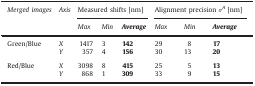
<table><thead><tr><td rowspan="2"><b><i>Merged images</i></b></td><td rowspan="2"><b><i>Axis</i></b></td><td colspan="3"><b>Measured shifts [nm]</b></td><td colspan="3"><b>Alignment precision <i>σ</i><sup><i>A</i></sup> [nm]</b></td></tr><tr><td><b><i>Max</i></b></td><td><b><i>Min</i></b></td><td><b><i>Average</i></b></td><td><b><i>Max</i></b></td><td><b><i>Min</i></b></td><td><b><i>Average</i></b></td></tr></thead><tbody><tr><td rowspan="2">Green/Blue</td><td><i>X</i></td><td>1417</td><td>3</td><td><b>142</b></td><td>29</td><td>8</td><td><b>17</b></td></tr><tr><td><i>Y</i></td><td>357</td><td>4</td><td><b>156</b></td><td>30</td><td>13</td><td><b>20</b></td></tr><tr><td colspan="8">  </td></tr><tr><td rowspan="2">Red/Blue</td><td><i>X</i></td><td>3098</td><td>8</td><td><b>415</b></td><td>25</td><td>5</td><td><b>13</b></td></tr><tr><td><i>Y</i></td><td>868</td><td>1</td><td><b>309</b></td><td>33</td><td>9</td><td><b>15</b></td></tr></tbody></table>